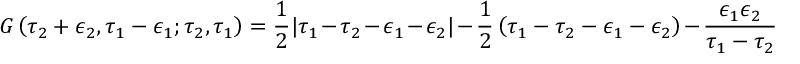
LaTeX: G \left( \tau _ { 2 } + \epsilon _ { 2 } , \tau _ { 1 } - \epsilon _ { 1 } ; \tau _ { 2 } , \tau _ { 1 } \right) = \frac 1 2 | \tau _ { 1 } - \tau _ { 2 } - \epsilon _ { 1 } - \epsilon _ { 2 } | - \frac 1 2 \left( \tau _ { 1 } - \tau _ { 2 } - \epsilon _ { 1 } - \epsilon _ { 2 } \right) - \frac { \epsilon _ { 1 } \epsilon _ { 2 } } { \tau _ { 1 } - \tau _ { 2 } }